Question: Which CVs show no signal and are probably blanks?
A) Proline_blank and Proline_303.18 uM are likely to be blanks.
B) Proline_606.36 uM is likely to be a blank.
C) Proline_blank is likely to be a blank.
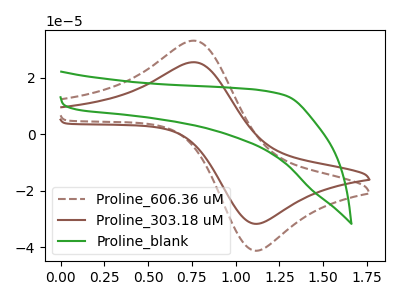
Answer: <think>The brown dashed curve "Proline_606.36 uM" has an anodic peak at (0.75V, 33.00uA) and a cathodic peak at (1.10V, -41.00uA). The brown curve "Proline_303.18 uM" has an anodic peak at (0.75V, 25.40uA) and a cathodic peak at (1.10V, -31.55uA). The green curve "Proline_blank" has no peaks.</think>
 <answer>C) "Proline_blank" is likely to be a blank.</answer>
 <eval>C</eval>